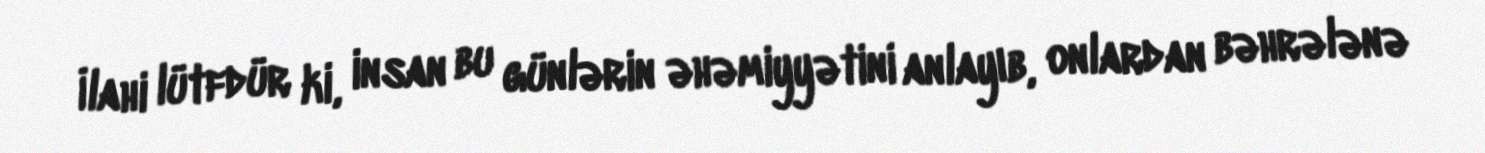
İlahi lütfdür ki, insan bu günlərin əhəmiyyətini anlayıb, onlardan bəhrələnə